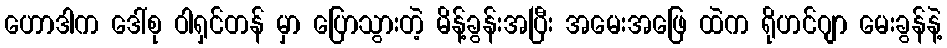
ဟောဒါက ဒေါ်စု ဝါရှင်တန် မှာ ပြောသွားတဲ့ မိန့်ခွန်းအပြီး အမေးအဖြေ ထဲက ရိုဟင်ဂျာ မေးခွန်နဲ့